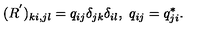
( R ^ { ' } ) _ { k i , j l } = q _ { i j } \delta _ { j k } \delta _ { i l } , \ q _ { i j } = q _ { j i } ^ { * } .